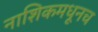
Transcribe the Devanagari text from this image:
नाशिकमधूनच